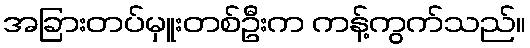
အခြားတပ်မှူးတစ်ဦးက ကန့်ကွက်သည်။